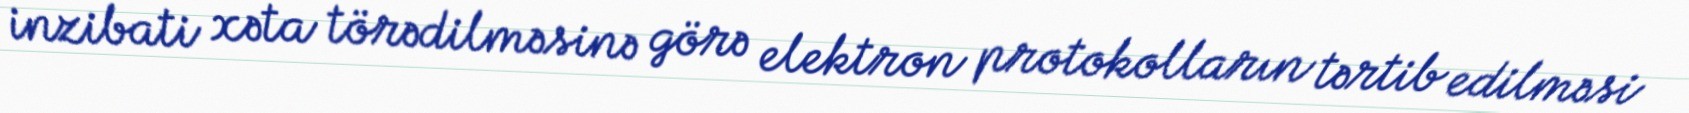
inzibati xəta törədilməsinə görə elektron protokolların tərtib edilməsi